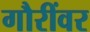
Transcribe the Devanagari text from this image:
गौरींवर